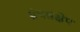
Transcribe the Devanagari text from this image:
ग्रंथसंक्षेप